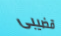
قضيبى